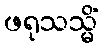
ဖရုသသ္မိံ